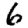
Digit: 6